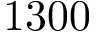
1 3 0 0